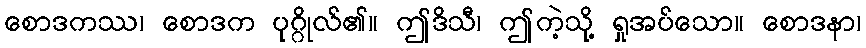
စောဒကဿ၊ စောဒက ပုဂ္ဂိုလ်၏။ ဤဒိသီ၊ ဤကဲ့သို့ ရှုအပ်သော။ စောဒနာ၊